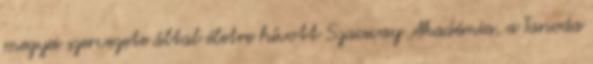
megyei szervezete által életre hívott Szacsvay Akadémia, a Tanoda